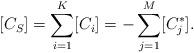
LaTeX: \begin{align*}[C_S]=\sum_{i=1}^K[C_i]=-\sum_{j=1}^M [C^*_j].\end{align*}